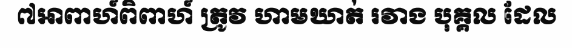
៧អាពាហ៍ពិពាហ៍ ត្រូវ ហាមឃាត់ រវាង បុគ្គល ដែល